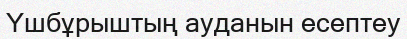
Үшбұрыштың ауданын есептеу